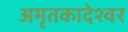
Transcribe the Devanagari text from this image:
अमृतकादेश्वर